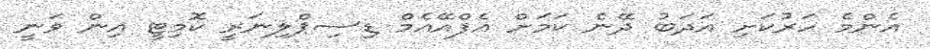
އެންމެ ހަރުކަށި އަދަބު ދޭނެ ކަމަށް އެފްއޭއެމް ޑިސިޕްލިނަރީ ކޮމިޓީ އިން ވަނީ